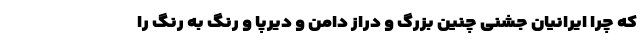
که چرا ایرانیان جشنی چنین بزرگ و دراز دامن و دیرپا و رنگ به رنگ را